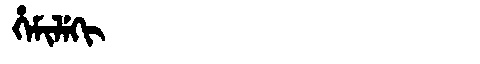
Manchu: ᡥᡝᠮᡳᠯᡝᡴᡳ
Romanization: HEMILEKI